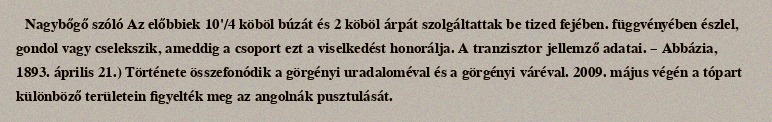
Nagybőgő szóló Az előbbiek 10'/4 köböl búzát és 2 köböl árpát szolgáltattak be tized fejében. függvényében észlel, gondol vagy cselekszik, ameddig a csoport ezt a viselkedést honorálja. A tranzisztor jellemző adatai. – Abbázia, 1893. április 21.) Története összefonódik a görgényi uradaloméval és a görgényi váréval. 2009. május végén a tópart különböző területein figyelték meg az angolnák pusztulását.